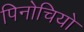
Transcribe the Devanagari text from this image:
पिनोचियो